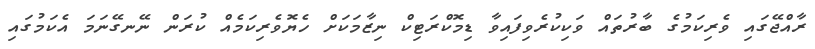
ރާއްޖޭގައި ވެރިކަމުގެ ބާރުތައް ވަކިކުރެވިފައިވާ ޑިމޮކްރަޓިކް ނިޒާމަކަށް ހެޔޮވެރިކަމެއް ކުރަން ނޭނގޭނަމަ އެކަމުގައި